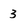
Character: 3